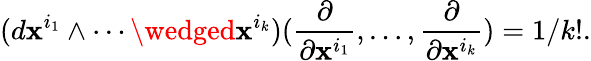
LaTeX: (d\mathbf{x}^{i_{1}}\wedge\cdots\wedged\mathbf{x}^{i_{k}})({\frac{{\partial}}{{\partial\mathbf{x}^{i_{1}}}}},\ldots,{\frac{{\partial}}{{\partial\mathbf{x}^{i_{k}}}}})=1/k!.